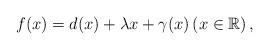
LaTeX: \begin{align*} f(x)=d(x)+\lambda x+\gamma(x) \left(x\in \mathbb{R}\right), \end{align*}